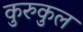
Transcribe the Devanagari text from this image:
कुरुकुल